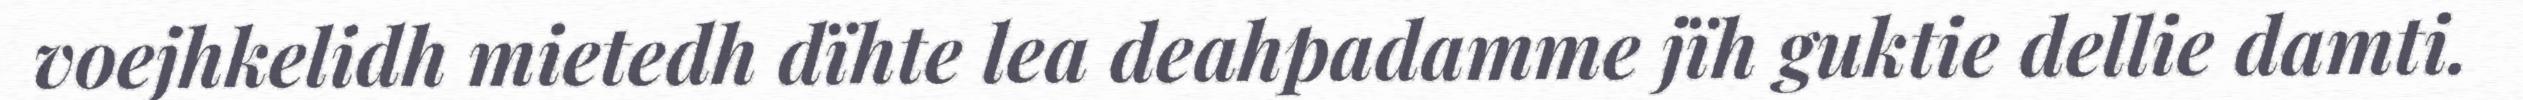
voejhkelidh mietedh dïhte lea deahpadamme jïh guktie dellie damti.